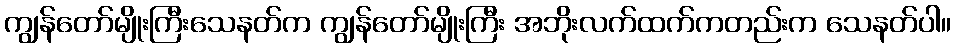
ကျွန်တော်မျိုးကြီးသေနတ်က ကျွန်တော်မျိုးကြီး အဘိုးလက်ထက်ကတည်းက သေနတ်ပါ။